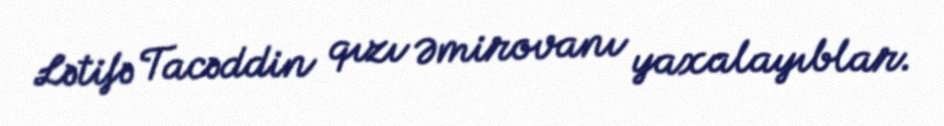
Lətifə Tacəddin qızı Əmirovanı yaxalayıblar.